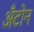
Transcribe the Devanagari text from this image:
अँटोन